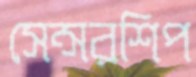
সেন্সরশিপ